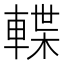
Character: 𨍕